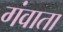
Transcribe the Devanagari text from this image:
गंवाता